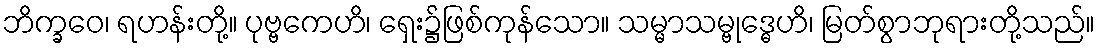
ဘိက္ခဝေ၊ ရဟန်းတို့။ ပုဗ္ဗကေဟိ၊ ရှေး၌ဖြစ်ကုန်သော။ သမ္မာသမ္ဗုဒ္ဓေဟိ၊ မြတ်စွာဘုရားတို့သည်။